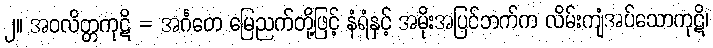
၂။ အဝလိတ္တကုဋိ = အင်္ဂတေ မြေညက်တို့ဖြင့် နံရံနှင့် အမိုးအပြင်ဘက်က လိမ်းကျံအပ်သောကုဋိ၊